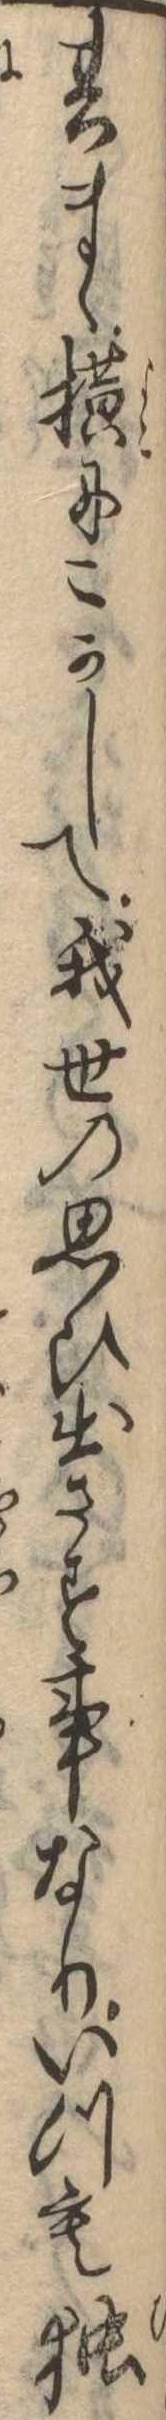
其まゝ横にこかして我世の思ひ出さす事なりいつも独